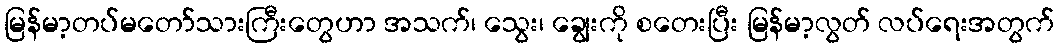
မြန်မာ့တပ်မတော်သားကြီးတွေဟာ အသက်၊ သွေး၊ ချွေးကို စတေးပြီး မြန်မာ့လွတ် လပ်ရေးအတွက်